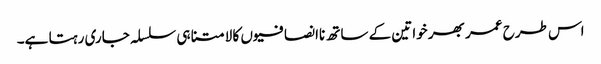
اس طرح عمر بھر خواتین کے ساتھ ناانصافیوں کا لامتناہی سلسلہ جاری رہتا ہے۔